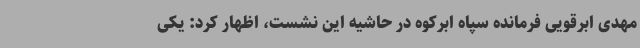
مهدی ابرقویی فرمانده سپاه ابرکوه در حاشیه این نشست، اظهار کرد: یکی